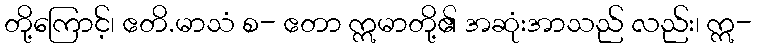
တို့ကြောင့်၊ ဧတိ.မာသံ စ- ဧတာ ဣမာတို့၏ အဆုံးအာသည် လည်း၊ ဣ-